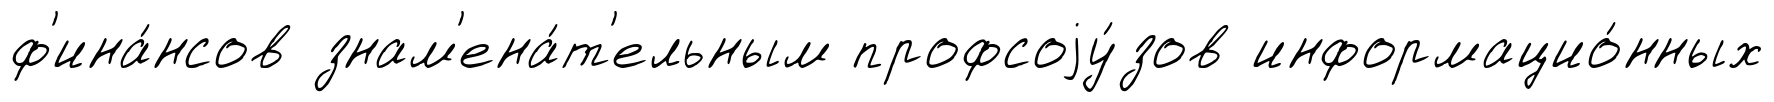
ф'ина́нсов знам'ена́т'ельным профсоjу́зов информацио́нных